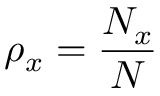
\rho _ { x } = \frac { N _ { x } } { N }